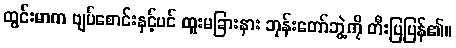
ထွင်းမာက ဗျပ်စောင်းနှင့်ပင် ထူးမခြားနား ဘုန်းတော်ဘွဲ့ကို တီးပြပြန်၏။